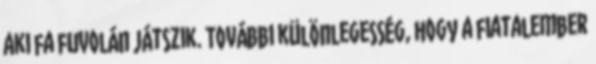
aki fa fuvolán játszik. További különlegesség, hogy a fiatalember